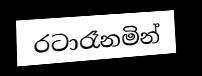
රටාරෑනමින්